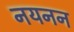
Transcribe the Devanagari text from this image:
नयनन